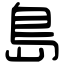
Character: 島